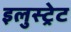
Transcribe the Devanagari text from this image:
इलुस्ट्रेट